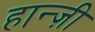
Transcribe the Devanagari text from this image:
हान्ज़ी